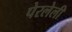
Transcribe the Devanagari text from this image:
पेरलेली